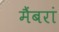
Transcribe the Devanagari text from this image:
मैंबरां